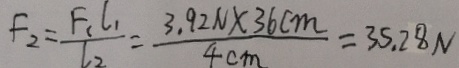
F _ { 2 } = \frac { F _ { 1 } l _ { 1 } } { l _ { 2 } } = \frac { 3 . 9 2 N \times 3 6 c m } { 4 c m } = 3 5 . 2 8 N